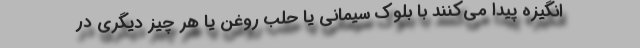
انگیزه پیدا می‌کنند با بلوک سیمانی یا حلب روغن یا هر چیز دیگری در